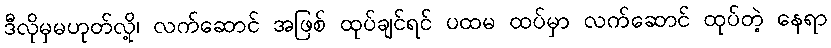
ဒီလိုမှမဟုတ်လို့၊ လက်ဆောင် အဖြစ် ထုပ်ချင်ရင် ပထမ ထပ်မှာ လက်ဆောင် ထုပ်တဲ့ နေရာ